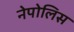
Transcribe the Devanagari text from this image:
नेपोलिस